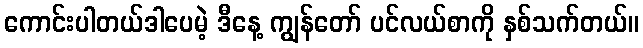
ကောင်းပါတယ်ဒါပေမဲ့ ဒီနေ့ ကျွန်တော် ပင်လယ်စာကို နှစ်သက်တယ်။